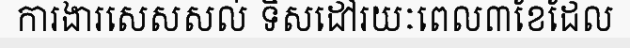
ការងារសេសសល់ ទិសដៅរយៈពេល៣ខែដែល